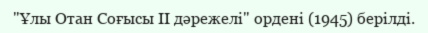
"Ұлы Отан Соғысы II дәрежелі" ордені (1945) берілді.